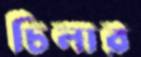
চিলার